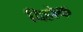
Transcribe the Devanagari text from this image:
दिहोक